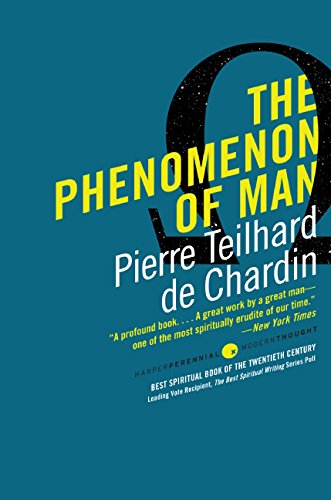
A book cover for The Phenomenon of Man; Pierre Teilhard de Chardin; Politics & Social Sciences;